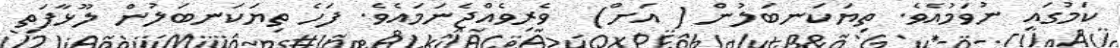
ކަމުގައި ނުވަމުއެވެ. ތިޔަކަނބަލުން ( އަށް)  ވެރިވެއްޖެނަމައެވެ. ފަހެ ތިޔަކަނބަލުން ލޫޅާފަތި